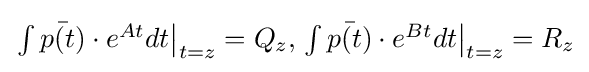
{\textstyle \left.\int {{\bar {p(t)}}\cdot e^{At}dt}\right|_{t=z}=Q_{z},\left.\int {{\bar {p(t)}}\cdot e^{Bt}dt}\right|_{t=z}=R_{z}}